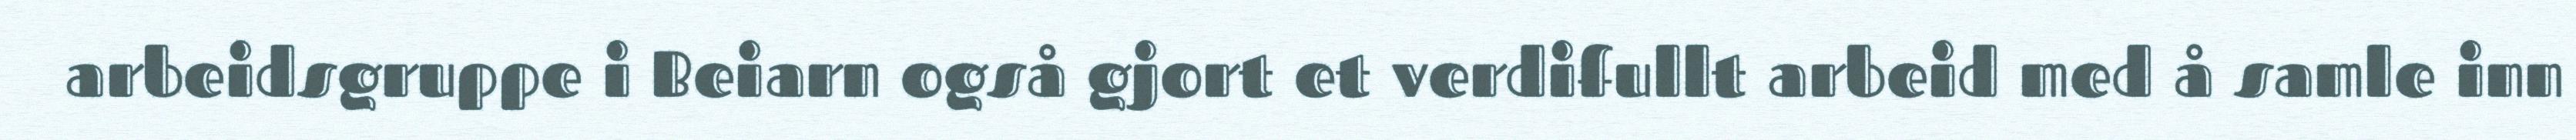
arbeidsgruppe i Beiarn også gjort et verdifullt arbeid med å samle inn